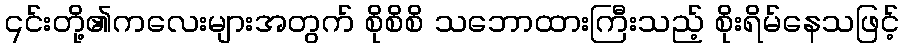
၎င်းတို့၏ကလေးများအတွက် စိုစိစိ သဘောထားကြီးသည့် စိုးရိမ်နေသဖြင့်